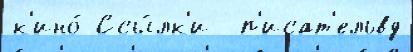
к'ино́ Ссы́лк'и  п'исат'ельвд